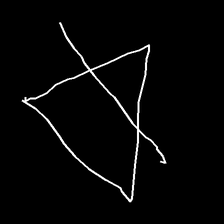
Glyph: empower